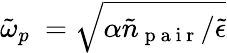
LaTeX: \tilde{\omega}_{p}\ =\sqrt{\alpha\tilde{n}_{\mathrm{~p~a~i~r~}}/\tilde{\epsilon}}